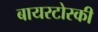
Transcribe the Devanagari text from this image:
बायरटोस्की